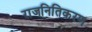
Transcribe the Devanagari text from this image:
राजनितिकरण